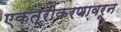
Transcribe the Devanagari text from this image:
एकत्रीकरणावरून